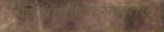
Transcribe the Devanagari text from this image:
विद्यापीठाच्यावतीने